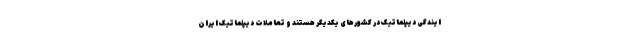
ایندگی دیپلماتیک در کشورهای یکدیگر هستند و تعاملات دیپلماتیک ایران